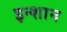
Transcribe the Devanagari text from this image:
इन्शान